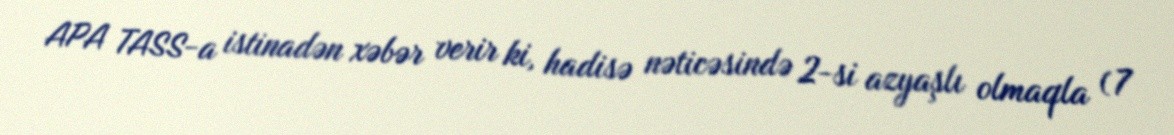
APA TASS-a istinadən xəbər verir ki, hadisə nəticəsində 2-si azyaşlı olmaqla (7